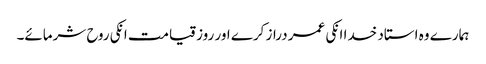
ہمارے وہ استاد خدا انکی عمر دراز کرے اور روز قیامت انکی روح شرمائے۔